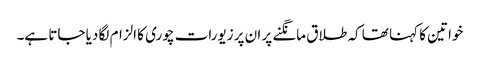
خواتین کا کہنا تھا کہ طلاق مانگنے پر ان پر زیورات چوری کا الزام لگا دیا جاتا ہے۔